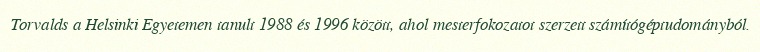
Torvalds a Helsinki Egyetemen tanult 1988 és 1996 között, ahol mesterfokozatot szerzett számítógéptudományból.